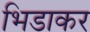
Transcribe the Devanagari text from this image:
भिडाकर